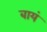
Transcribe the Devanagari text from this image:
बायं